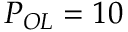
P _ { O L } = 1 0 ~ \